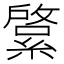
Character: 𦄊